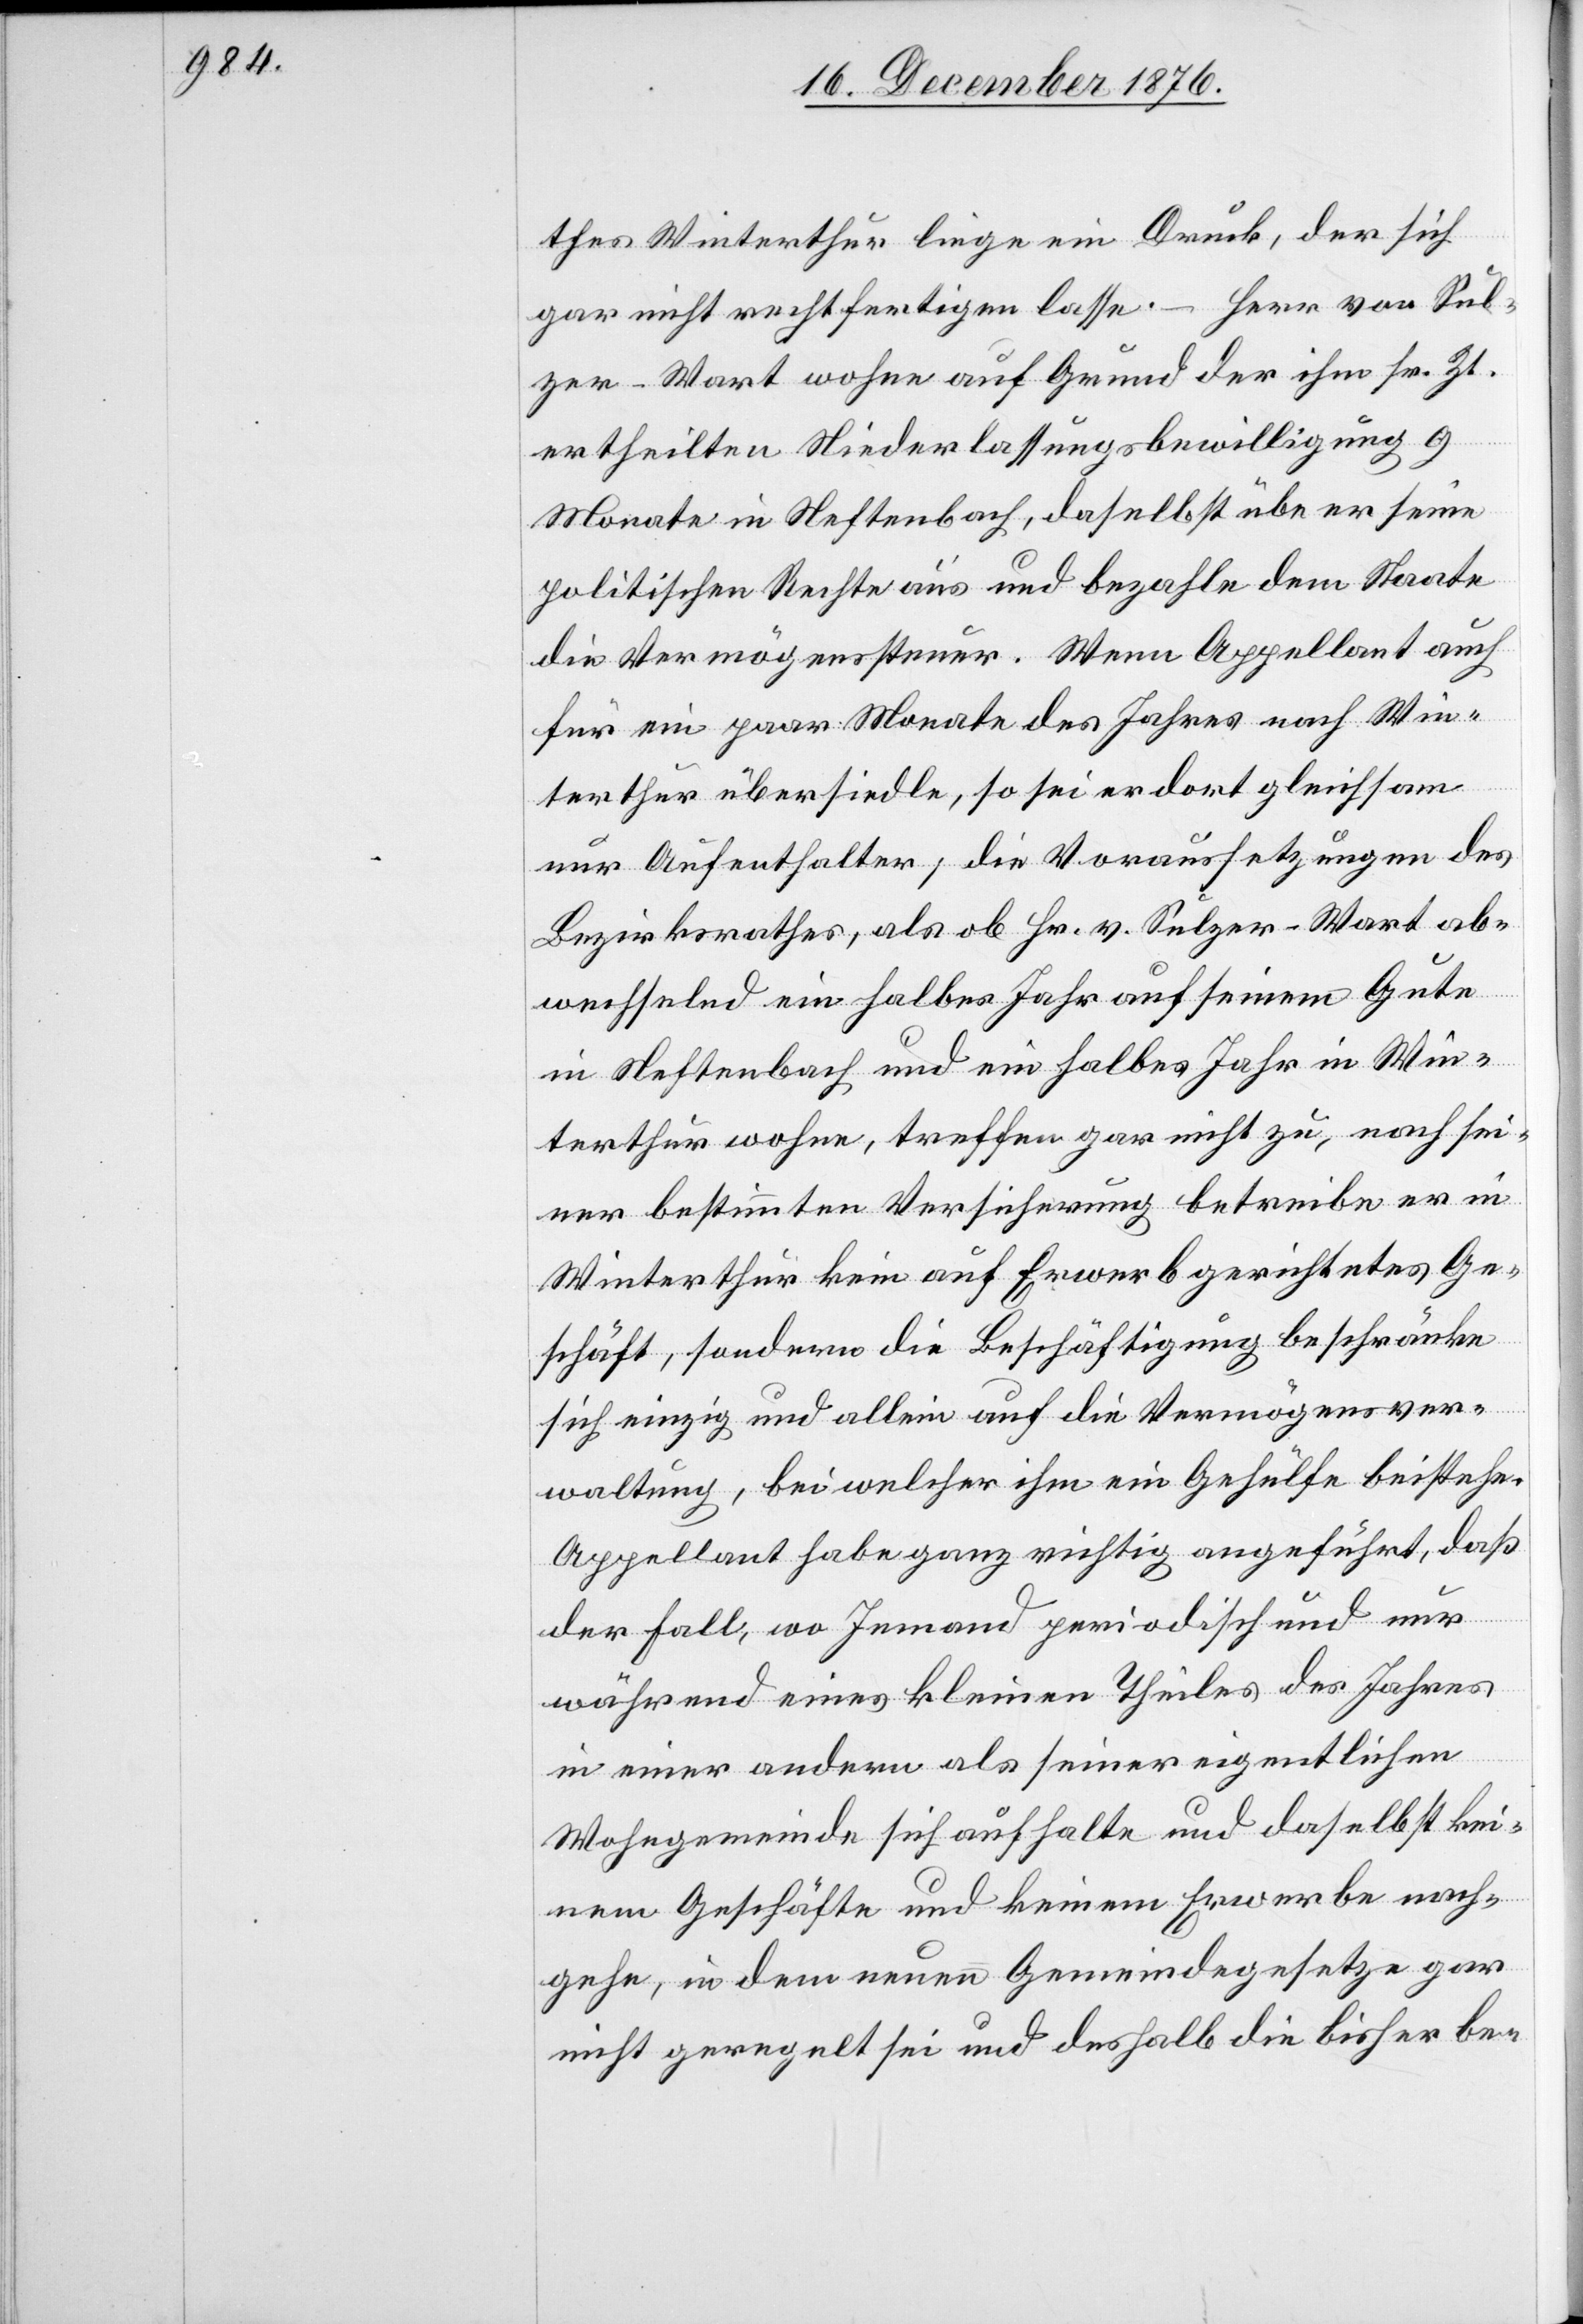
thes Winterthur liege ein Druck, der sich
gar nicht rechtfertigen lasse. – Herr von Sul¬
zer-Wart wohne auf Grund der ihm sr. Zt.
ertheilten Niederlassungsbewilligung 9
Monate in Neftenbach, daselbst übe er seine
politischen Rechte aus und bezahle dem Staate
die Vermögenssteuer. Wenn Appellant auch
für ein paar Monate des Jahres nach Win¬
terthur übersiedle, so sei er dort gleichsam
nur Aufenthalter; die Voraussetzungen des
Bezirksrathes, als ob Hr. v. Sulzer-Wart ab¬
wechselnd ein halbes Jahr auf seinem Gute
in Neftenbach und ein halbes Jahr in Win¬
terthur wohne, treffen gar nicht zu, nach sei¬
ner bestimmten Versicherung betreibe er in
Winterthur kein auf Erwerb gerichtetes Ge¬
schäft, sondern die Beschäftigung beschränke
sich einzig und allein auf die Vermögensver¬
waltung, bei welcher ihm ein Gehülfe beistehe.
Appellant habe ganz richtig angeführt, daß
der Fall, wo Jemand periodisch und nur
während eines kleinen Theiles des Jahres
in einer andern als seiner eigentlichen
Wohngemeinde sich aufhalte und daselbst kei¬
nem Geschäfte und keinem Erwerbe nach¬
gehe, in dem neuen Gemeindegesetzt gar
nicht geregelt sei und deshalb die bisher be-